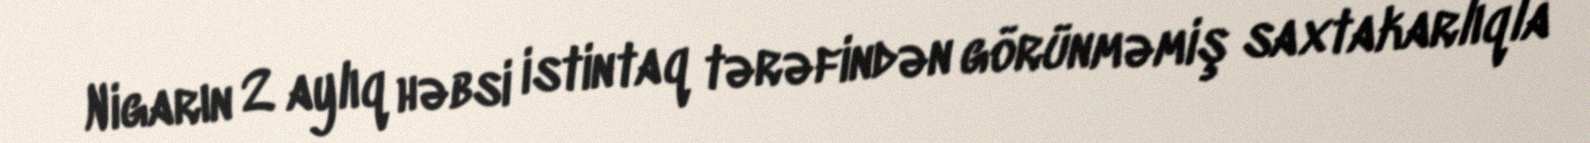
Nigarın 2 aylıq həbsi istintaq tərəfindən görünməmiş saxtakarlıqla